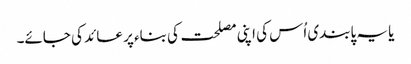
یا یہ پابندی اُس کی اپنی مصلحت کی بناء پر عائد کی جائے۔